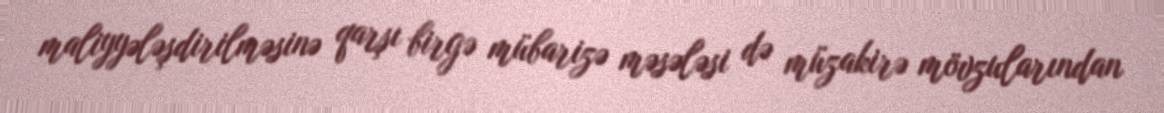
maliyyələşdirilməsinə qarşı birgə mübarizə məsələsi də müzakirə mövzularından